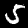
Label: 5